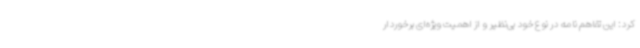
کرد: این تفاهم نامه در نوع خود بی‌نظیر و از اهمیت ویژه‌ای برخوردار